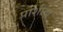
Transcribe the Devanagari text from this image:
पोशीदा